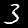
Digit: 3